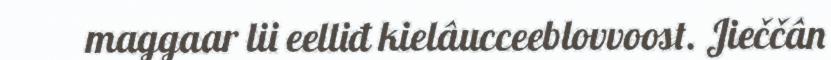
maggaar lii eelliđ kielâucceeblovvoost. Jieččân